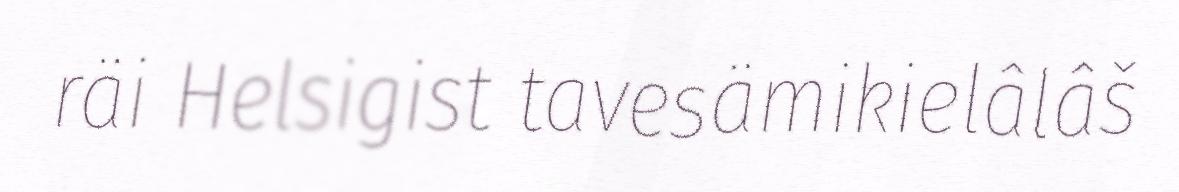
räi Helsigist tavesämikielâlâš